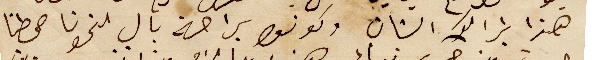
هذا بذالك الشان وكونوا براحة بال لنحونا صيطنا